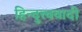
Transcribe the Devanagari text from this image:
हिन्दुत्त्ववादी